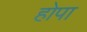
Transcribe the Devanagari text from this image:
होपा